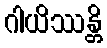
ဂါယိဿန္တိ